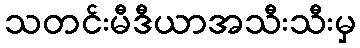
သတင်းမီဒီယာအသီးသီးမှ